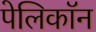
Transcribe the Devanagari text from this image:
पेलिकॉन